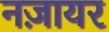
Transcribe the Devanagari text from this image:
नज़ायर